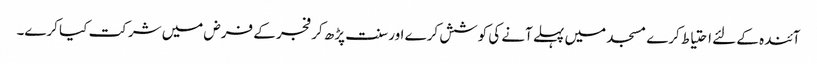
آئندہ کے لئے احتیاط کرے مسجد میں پہلے آنے کی کوشش کرے اور سنت پڑھ کر فجر کے فرض میں شرکت کیا کرے۔